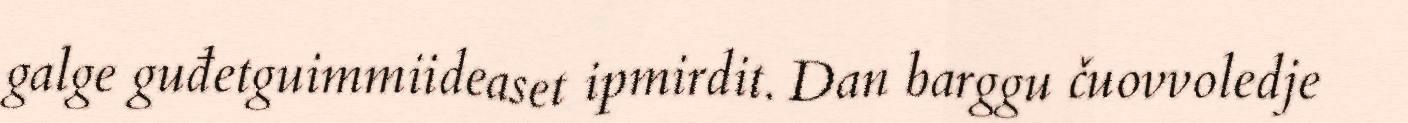
galge guđetguimmiideaset ipmirdit. Dan barggu čuovvoledje